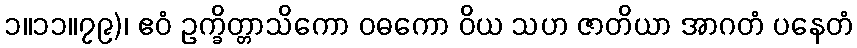
၁။၁၁။၇၉)၊ ဧဝံ ဥက္ခိတ္တာသိကော ဝဓကော ဝိယ သဟ ဇာတိယာ အာဂတံ ပနေတံ